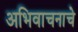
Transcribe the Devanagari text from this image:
अभिवाचनाचे